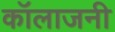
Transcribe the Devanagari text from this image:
कॉलाजनी